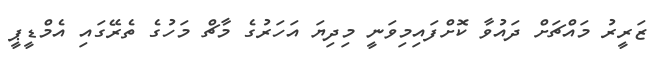
ޒަރީރު މައްޗަށް ދައުވާ ކޮށްފައިމިވަނީ މިދިޔަ އަހަރުގެ މާޗް މަހުގެ ތެރޭގައި އެމްޑީޕީ